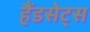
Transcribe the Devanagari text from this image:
हैंडसेट्स